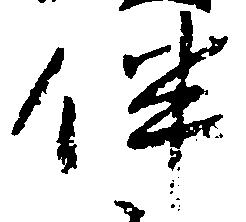
伴